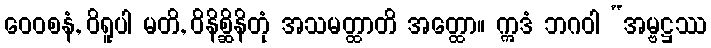
ဝေဝစနံ, ဝိရူပါ မတိ, ဝိနိစ္ဆိနိတုံ အသမတ္ထာတိ အတ္ထော။ ဣဒံ ဘဂဝါ “အမ္ဗဋ္ဌဿ